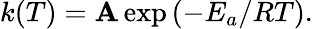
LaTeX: k(T)=\mathbf{A}\exp\left(-E_{a}/RT\right).